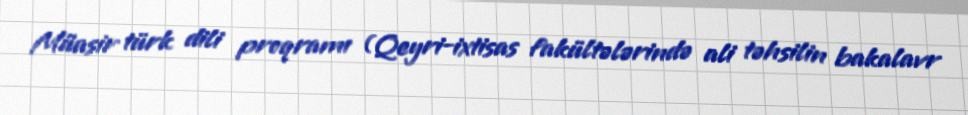
Müasir türk dili proqramı (Qeyri-ixtisas fakültələrində ali təhsilin bakalavr